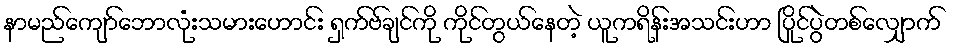
နာမည်ကျော်ဘောလုံးသမားဟောင်း ရှက်ဗ်ချင်ကို ကိုင်တွယ်နေတဲ့ ယူကရိန်းအသင်းဟာ ပြိုင်ပွဲတစ်လျှောက်